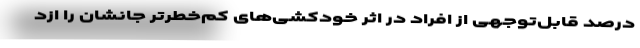
درصد قابل‌توجهی از افراد در اثر خودکشی‌های کم‌خطرتر جانشان را ازد